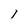
Character: l